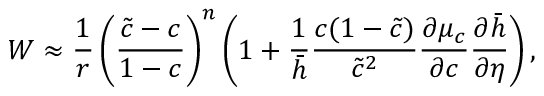
W \approx \frac { 1 } { r } \left( \frac { \tilde { c } - c } { 1 - c } \right) ^ { n } \left( 1 + \frac { 1 } { \bar { h } } \frac { c ( 1 - \tilde { c } ) } { \tilde { c } ^ { 2 } } \frac { \partial \mu _ { c } } { \partial c } \frac { \partial \bar { h } } { \partial \eta } \right) ,